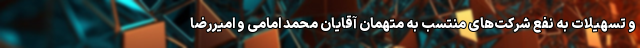
و تسهیلات به نفع شرکت‌های منتسب به متهمان آقایان محمد امامی و امیررضا